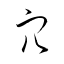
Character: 穴